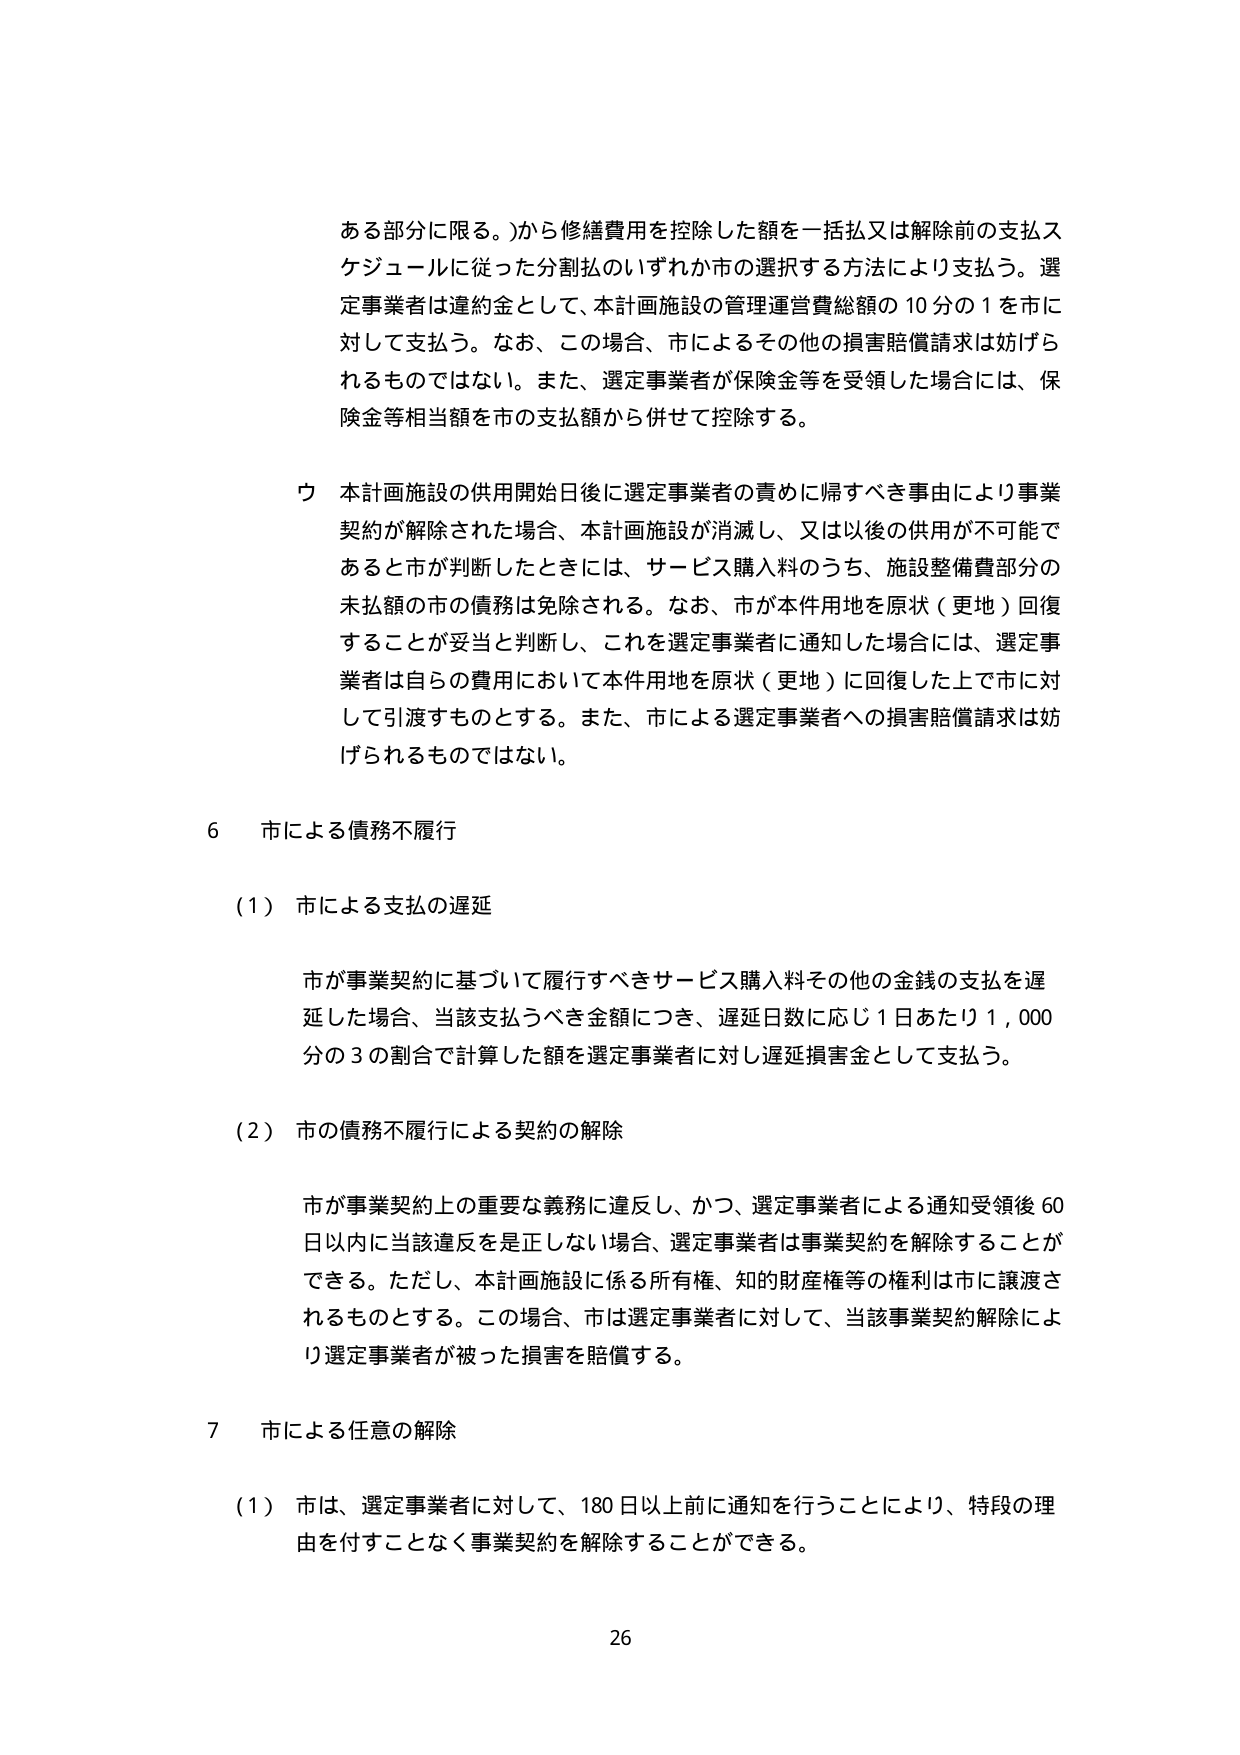
ある部分に限る。)から修繕費用を控除した額を一括払又は解除前の支払スケジュールに従った分割払のいずれか市の選択する方法により支払う。選定事業者は違約金として、本計画施設の管理運営費総額の10分の1を市に対して支払う。なお、この場合、市によるその他の損害賠償請求は妨げられるものではない。また、選定事業者が保険金等を受領した場合には、保険金等相当額を市の支払額から併せて控除する。

ウ 本計画施設の供用開始日後に選定事業者の責めに帰すべき事由により事業契約が解除された場合、本計画施設が消滅し、又は以後の供用が不可能であると市が判断したときには、サービス購入料のうち、施設整備費部分の未払額の市の債務は免除される。なお、市が本件用地を原状（更地）回復することが妥当と判断し、これを選定事業者に通知した場合には、選定事業者は自らの費用において本件用地を原状（更地）に回復した上で市に対して引渡すものとする。また、市による選定事業者への損害賠償請求は妨げられるものではない。

6 市による債務不履行

（1）市による支払の遅延

市が事業契約に基づいて履行すべきサービス購入料その他の金銭の支払を遅延した場合、当該支払うべき金額につき、遅延日数に応じ1日あたり1,000分の3の割合で計算した額を選定事業者に対し遅延損害金として支払う。

（2）市の債務不履行による契約の解除

市が事業契約上の重要な義務に違反し、かつ、選定事業者による通知受領後60日以内に当該違反を是正しない場合、選定事業者は事業契約を解除することができる。ただし、本計画施設に係る所有権、知的財産権等の権利は市に譲渡されるものとする。この場合、市は選定事業者に対して、当該事業契約解除により選定事業者が被った損害を賠償する。

7 市による任意の解除

（1）市は、選定事業者に対して、180日以上前に通知を行うことにより、特段の理由を付すことなく事業契約を解除することができる。

26